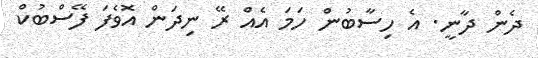
ދެން ދާނީ. އެ ހިސާބުން ހަމަ އެއް ރޭ ނިދަން އޮވެފަ ފޭސްބުކް